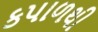
કપાળથી